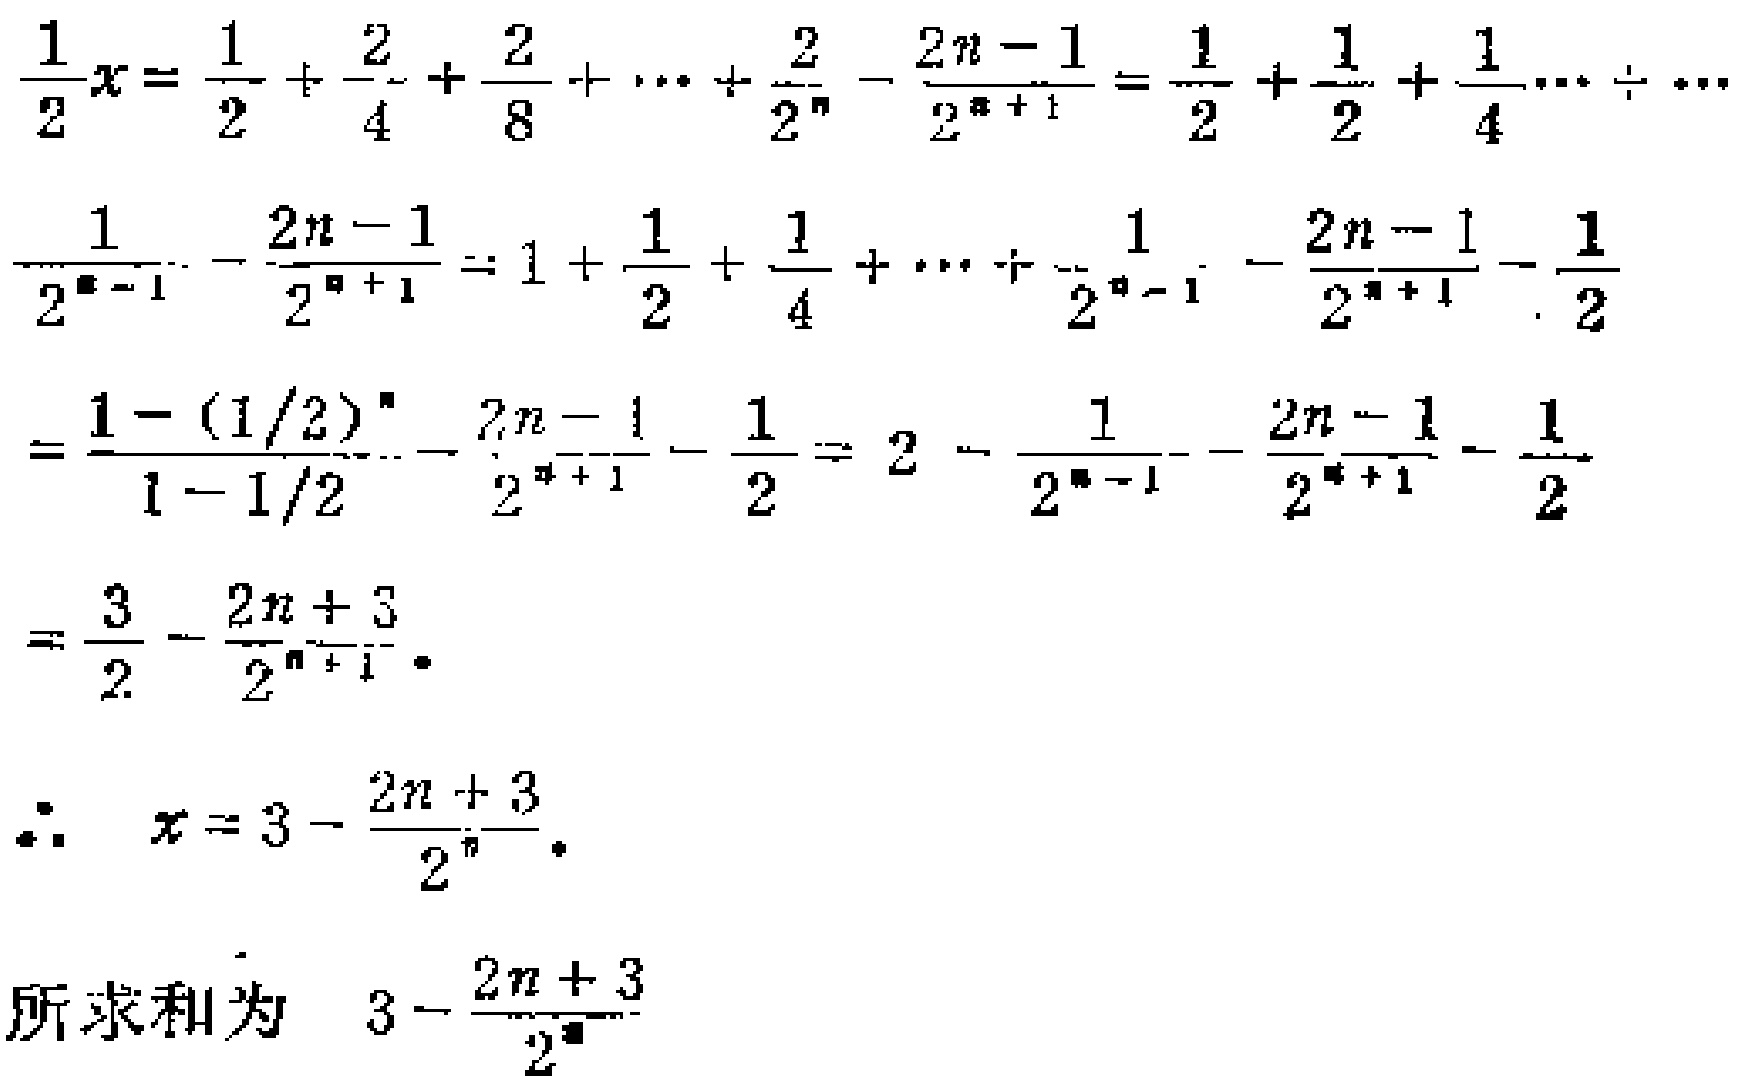
\[

\begin{align*}

\frac{1}{2}x&=\frac{1}{2}+\frac{2}{4}+\frac{2}{8}+\cdots+\frac{2}{2^{n}}-\frac{2n - 1}{2^{n + 1}}=\frac{1}{2}+\frac{1}{2}+\frac{1}{4}+\cdots\\

\frac{1}{2^{n - 1}}-\frac{2n - 1}{2^{n + 1}}&=1+\frac{1}{2}+\frac{1}{4}+\cdots+\frac{1}{2^{n - 1}}-\frac{2n - 1}{2^{n + 1}}-\frac{1}{2}\\

&=\frac{1-(1/2)^{n}}{1 - 1/2}-\frac{2n - 1}{2^{n + 1}}-\frac{1}{2}=2-\frac{1}{2^{n - 1}}-\frac{2n - 1}{2^{n + 1}}-\frac{1}{2}\\

&=\frac{3}{2}-\frac{2n + 3}{2^{n+1}}.\\

\therefore\ x&=3-\frac{2n + 3}{2^{n}}.

\end{align*}

\]

所求和为 \(3-\frac{2n + 3}{2^{n}}\)